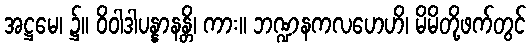
အဋ္ဌမေ၊ ၌။ ဝိဝါဒါပန္နာနန္တိ၊ ကား။ ဘဏ္ဍနကလဟေဟိ၊ မိမိတို့ဖက်တွင်